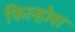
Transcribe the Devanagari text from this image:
फिल्होस